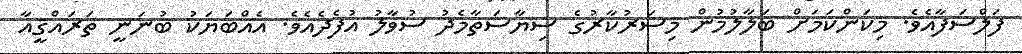
ފަލްސަފާއެވެ. މިކަންކަމަށް ބަލާލުމުން މިސަރުކާރުގެ ސިޔާސަތާމެދު ސުވާލު އުފެދެއެވެ. އެއްބަޔަކު ބުނަނީ ތަރައްޤީއާ